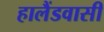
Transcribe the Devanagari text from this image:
हालैंडवासी